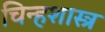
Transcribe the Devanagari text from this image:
चिन्हशास्त्र